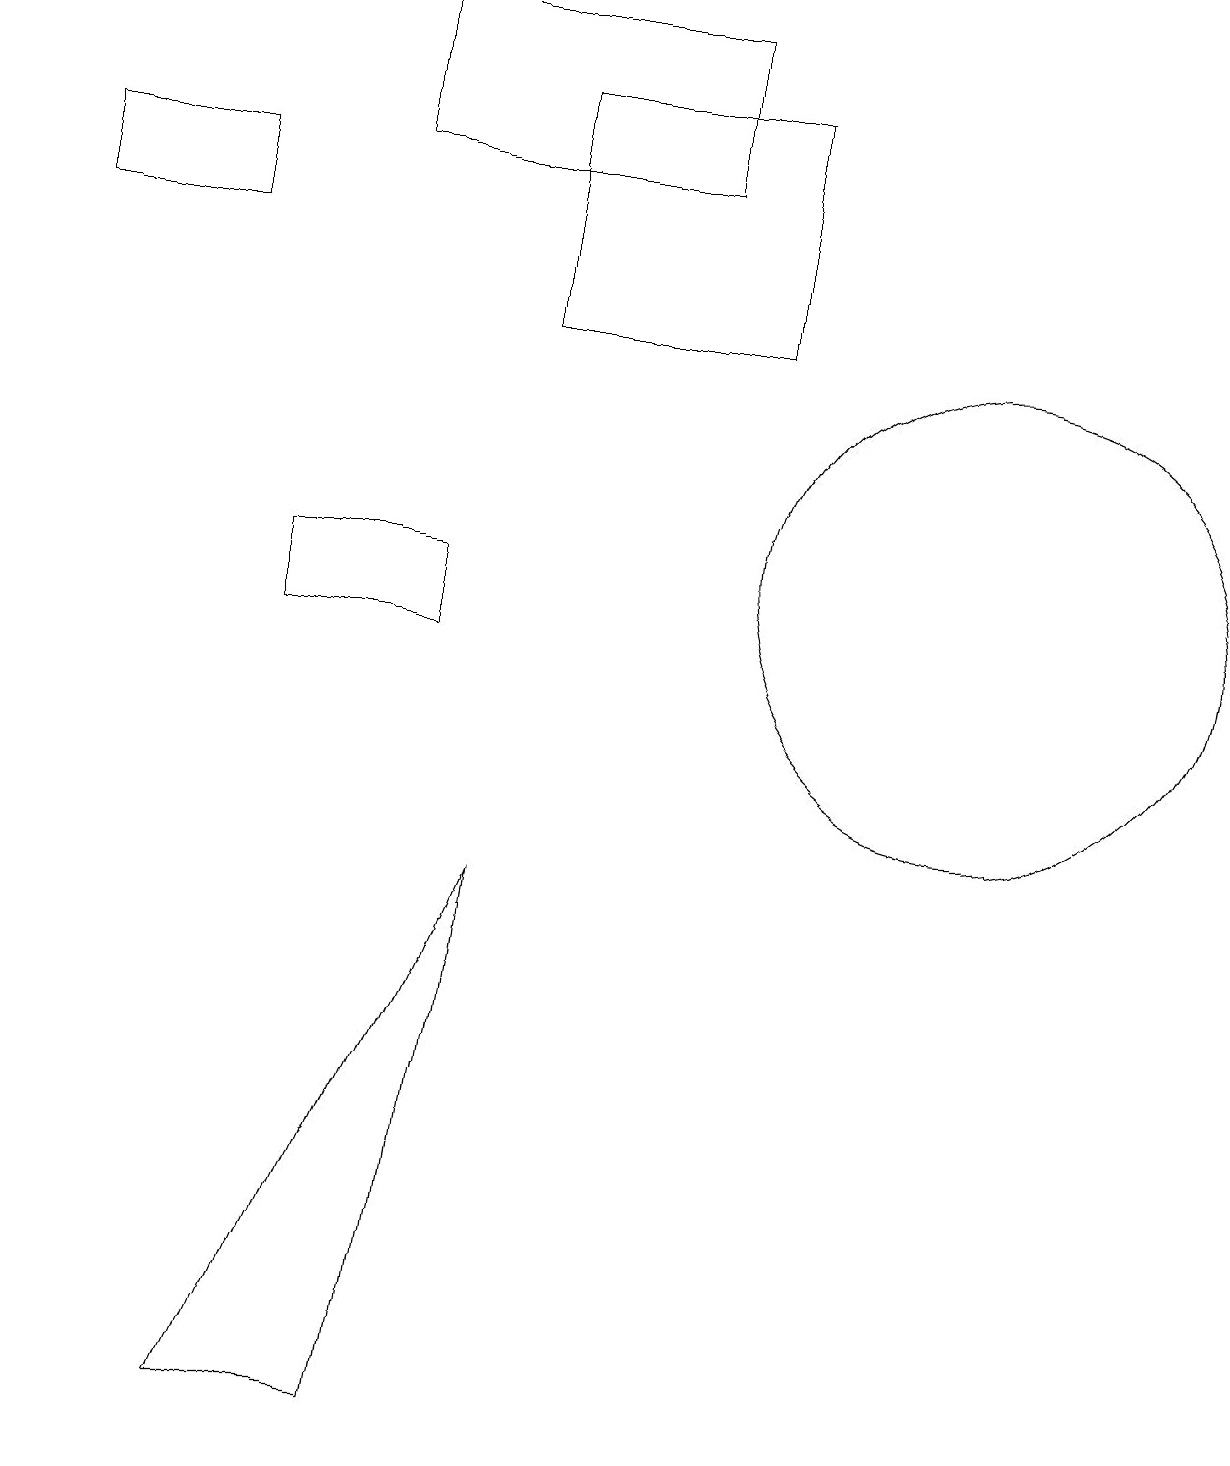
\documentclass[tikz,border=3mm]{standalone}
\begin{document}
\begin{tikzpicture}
\draw (3,10) rectangle (5,11);
\draw (5,0) -- (6,7) -- (3,0) -- cycle;
\draw (9,14) rectangle (6,17);
\draw (12,11) circle (3);
\draw (2,16) rectangle (0,15);
\draw (4,16) rectangle (8,18);
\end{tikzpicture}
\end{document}